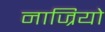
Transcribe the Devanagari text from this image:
नाज्रियो